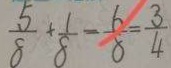
\frac { 5 } { 8 } + \frac { 1 } { 8 } - \frac { 6 } { 8 } = \frac { 3 } { 4 }